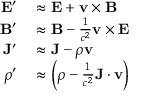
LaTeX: \begin{array} { r l } { \mathbf { E } ^ { \prime } } & { { } \approx \mathbf { E } + \mathbf { v } \times \mathbf { B } } \\ { \mathbf { B } ^ { \prime } } & { { } \approx \mathbf { B } - { \frac { 1 } { c ^ { 2 } } } \mathbf { v } \times \mathbf { E } } \\ { \mathbf { J } ^ { \prime } } & { { } \approx \mathbf { J } - \rho \mathbf { v } } \\ { \rho ^ { \prime } } & { { } \approx \left( \rho - { \frac { 1 } { c ^ { 2 } } } \mathbf { J } \cdot \mathbf { v } \right) } \end{array}